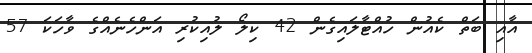
އާއި ބަތް ކެއުން ހުއްޓާލައިގެން 42 ކިލޯ ލުއިކުރި އަންހެނެއްގެ ވާހަކަ 57